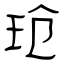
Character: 玱